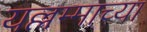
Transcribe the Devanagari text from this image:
यल्लम्माच्या